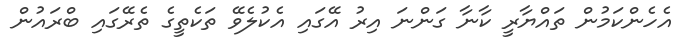
އެހެންކަމުން ތައްޔާރީ ކާނާ ގަންނަ އިރު އޭގައި އެކުލެވޭ ތަކެތީގެ ތެރޭގައި ބްރައުން